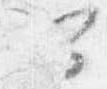
可